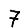
Digit: 7